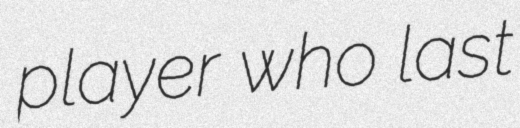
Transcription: player who last